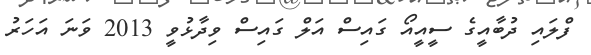
ފްލައި ދުބާއީގެ ސީއީއޯ ގައިސް އަލް ގައިސް ވިދާޅުވީ 2013 ވަނަ އަހަރު